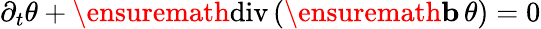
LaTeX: \partial_{t}\theta+\ensuremath{\mathrm{div\, }}(\ensuremath{\mathbf{b}}\, \theta)=0